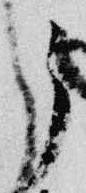
了